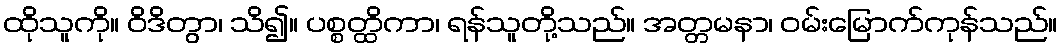
ထိုသူကို။ ဝိဒိတွာ၊ သိ၍။ ပစ္စတ္ထိကာ၊ ရန်သူတို့သည်။ အတ္တမနာ၊ ဝမ်းမြောက်ကုန်သည်။